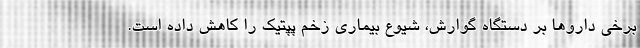
برخی داروها بر دستگاه گوارش، شیوع بیماری زخم پپتیک را کاهش داده است.